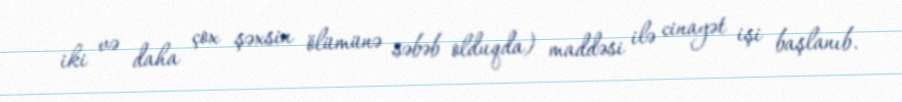
iki və daha çox şəxsin ölümünə səbəb olduqda) maddəsi ilə cinayət işi başlanıb.